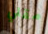
مقلي